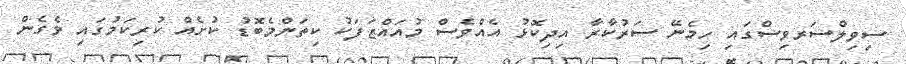
ސިވިލްސަރވިސްގައި ހިމެނޭ ސަރުކާރާ އިދިކޮޅު އެއްވެސް މުއައްޒަފަކު ކިތަންމެބޮޑު ކުށެއް ކުރިކަމުގައި ވެގެން